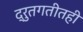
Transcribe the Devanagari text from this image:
द्रुतगतीतही